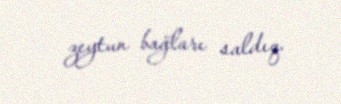
zeytun bağları saldıq.